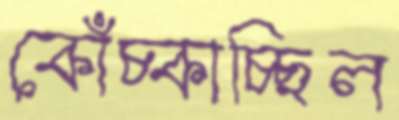
কোঁচ্‌কাচ্ছিল